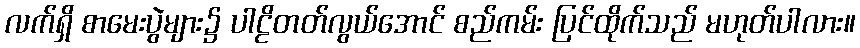
လက်ရှိ စာမေးပွဲများ၌ ပါဠိတတ်လွယ်အောင် စည်ကမ်း ပြင်ထိုက်သည် မဟုတ်ပါလား။